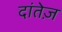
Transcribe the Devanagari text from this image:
दांतेज़